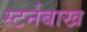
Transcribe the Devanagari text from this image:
स्टर्नबाख